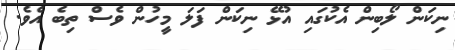
ނިކަން ލޯބިން އެކުގައި އުޅޭ ނިކަން ފަލަ މީހުން ވެސް ތިބެ އެވެ.